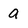
Character: a